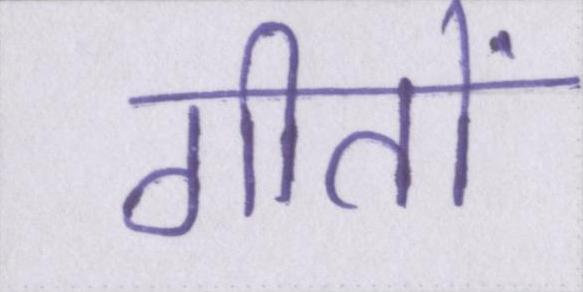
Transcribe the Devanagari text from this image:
गीतों